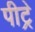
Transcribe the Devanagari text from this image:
पीट्रे